Plague in India, 1896, 1897 - Volume 1
Year: 1896
Disease focus: Plague
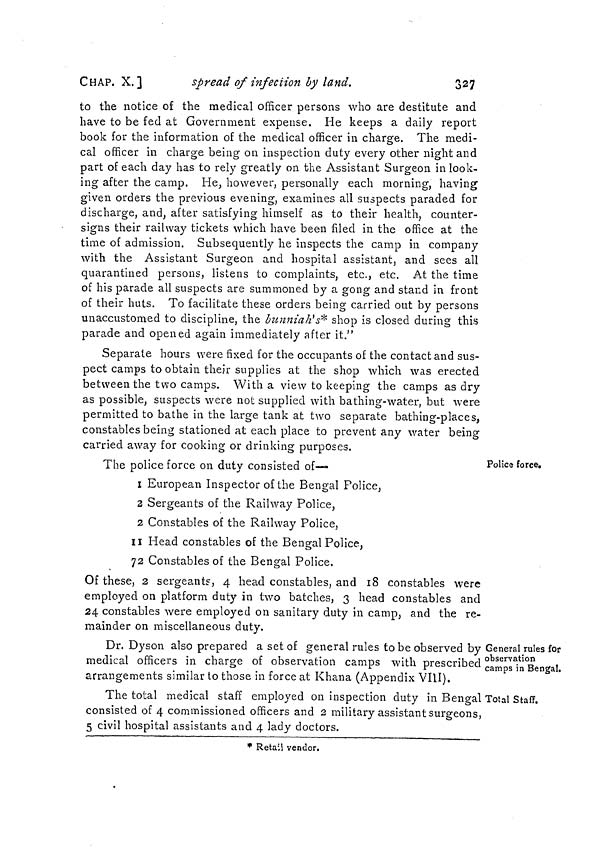
CHAP. X.]
spread of infection by land.
327
to the notice of the medical officer persons who are destitute and
have to be fed at Government expense. He keeps a daily report
book for the information of the medical officer in charge. The medi-
cal officer in charge being on inspection duty every other night and
part of each day has to rely greatly on the Assistant Surgeon in look-
ing after the camp. He, however, personally each morning, having
given orders the previous evening, examines all suspects paraded for
discharge, and, after satisfying himself as to their health, counter-
signs their railway tickets which have been filed in the office at the
time of admission. Subsequently he inspects the camp in company
with the Assistant Surgeon and hospital assistant, and sees all
quarantined persons, listens to complaints, etc., etc. At the time
of his parade all suspects are summoned by a gong and stand in front
of their huts. To facilitate these orders being carried out by persons
unaccustomed to discipline, the bunniah's* shop is closed during this
parade and opened again immediately after it."
Separate hours were fixed for the occupants of the contact and sus-
pect camps to obtain their supplies at the shop which was erected
between the two camps. With a view to keeping the camps as dry
as possible, suspects were not supplied with bathing-water, but were
permitted to bathe in the large tank at two separate bathing-places,
constables being stationed at each place to prevent any water being
carried away for cooking or drinking purposes.
Police force.
The police force on duty consisted of—
1 European Inspector of the Bengal Police,
2 Sergeants of the Railway Police,
2 Constables of the Railway Police,
11 Head constables of the Bengal Police,
72 Constables of the Bengal Police.
Of these, 2 sergeants, 4 head constables, and 18 constables were
employed on platform duty in two batches, 3 head constables and
24 constables were employed on sanitary duty in camp, and the re-
mainder on miscellaneous duty.
General rules for
observation
camps in Bengal.
Dr. Dyson also prepared a set of general rules to be observed by
medical officers in charge of observation camps with prescribed
arrangements similar to those in force at Khana (Appendix VIII).
Total Staff.
The total medical staff employed on inspection duty in Bengal 1
consisted of 4 commissioned officers and 2 military assistant surgeons,
5 civil hospital assistants and 4 lady doctors.
* Retail vendor.